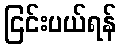
ငြင်းပယ်ရန်